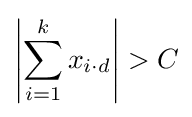
\left|\sum _{i=1}^{k}x_{i\cdot d}\right|>C